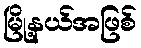
မြို့နယ်အဖြစ်